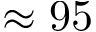
\approx 9 5